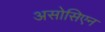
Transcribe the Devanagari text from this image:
असोसिएन